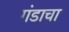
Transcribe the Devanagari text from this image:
गंडाचा